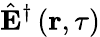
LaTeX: \hat{\mathbf{E}}^{\dagger}\left(\mathbf{r},\tau\right)